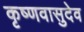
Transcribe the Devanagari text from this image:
कृष्णवासुदेव